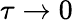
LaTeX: \tau\to 0